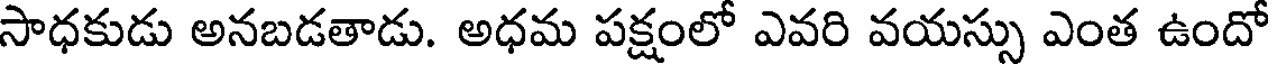
సాధకుడు అనబడతాడు. అధమ పక్షంలో ఎవరి వయస్సు ఎంత ఉందో